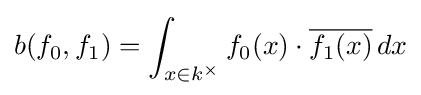
b(f_{0},f_{1})=\int _{x\in k^{\times }}f_{0}(x)\cdot {\overline {f_{1}(x)}}\,dx